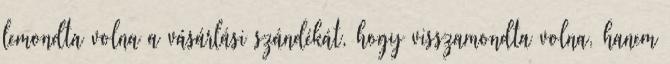
lemondta volna a vásárlási szándékát, hogy visszamondta volna, hanem